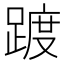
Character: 踱